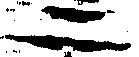
二